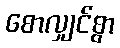
စောလျှင်စွာ